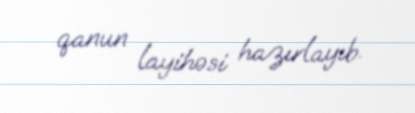
qanun layihəsi hazırlayıb.